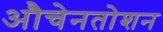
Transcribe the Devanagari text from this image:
औचेनतोशन